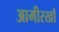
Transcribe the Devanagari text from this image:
आमीरखाँ